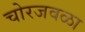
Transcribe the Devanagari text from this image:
चोरजवळा